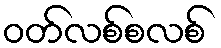
ဝတ်လစ်စလစ်